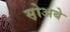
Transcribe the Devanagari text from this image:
स़ोअबे